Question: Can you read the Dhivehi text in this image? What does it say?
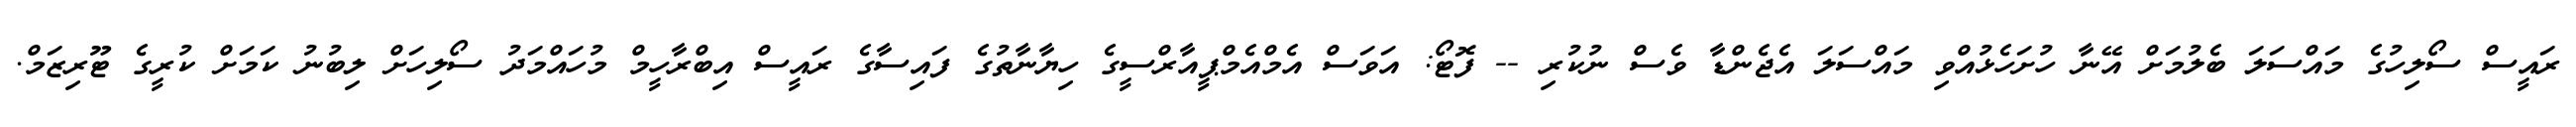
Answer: ރައީސް ސޯލިހުގެ މައްސަލަ ބެލުމަށް އޭނާ ހުށަހެޅުއްވި މައްސަލަ އެޖެންޑާ ވެސް ނުކުރި -- ފޮޓޯ: އަވަސް އެމްއެމްޕީއާރްސީގެ ހިޔާނާތުގެ ފައިސާގެ ރައީސް އިބްރާހީމް މުހައްމަދު ސޯލިހަށް ލިބުނު ކަމަށް ކުރީގެ ޓޫރިޒަމް.